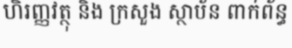
ហិរញ្ញវត្ថុ និង ក្រសួង ស្ថាប័ន ពាក់ព័ន្ធ